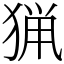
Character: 猟